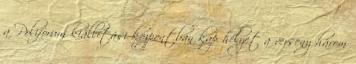
a Poliforum kiállítási központban kap helyet a verseny három